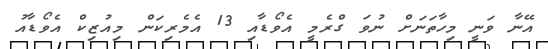
އޭނާ ވަނީ މިހާތަނަށް ނުވަ ގްރެމީ އެވޯޑާއި 13 އެމެރިކަން މިއުޒިކް އެވޯޑާއު